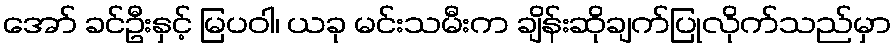
အော် ခင်ဦးနှင့် မြပဝါ၊ ယခု မင်းသမီးက ချိန်းဆိုချက်ပြုလိုက်သည်မှာ